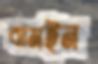
বামইন